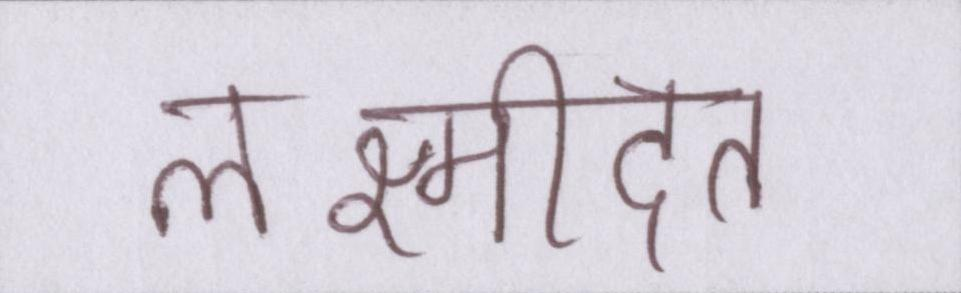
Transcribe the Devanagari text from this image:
लक्ष्मीदत्त